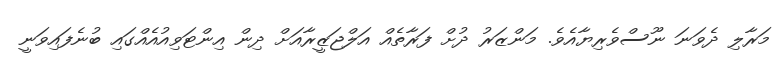
މަރާލި ދެވަނަ ނޫސްވެރިޔާއެވެ. މަންޒަރު ދުށް ފަރާތެއް އަލްޖަޒީރާއަށް ދިން އިންޓަވިއުއެއްގައި ބުނެފައިވަނީ